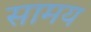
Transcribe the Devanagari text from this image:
सामय